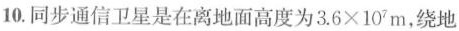
10.同步通信卫星是在离地面高度为$$3 . 6 \times 1 0 7 m$$，绕地